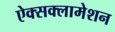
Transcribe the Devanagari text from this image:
ऐक्सक्लामेशन